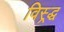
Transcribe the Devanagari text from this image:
विस्र्द्ध